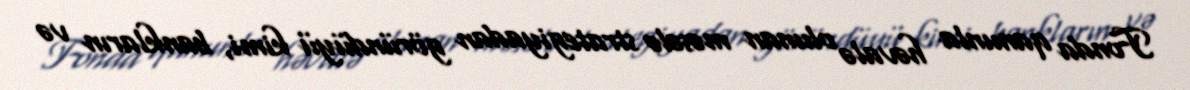
Fonda qanunla həvalə olunan məsələ strategiyadan göründüyü kimi, bankların və